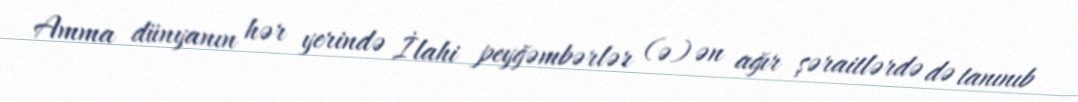
Amma dünyanın hər yerində İlahi peyğəmbərlər (ə) ən ağır şəraitlərdə də tanınıb